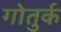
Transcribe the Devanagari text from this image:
गोतुर्क